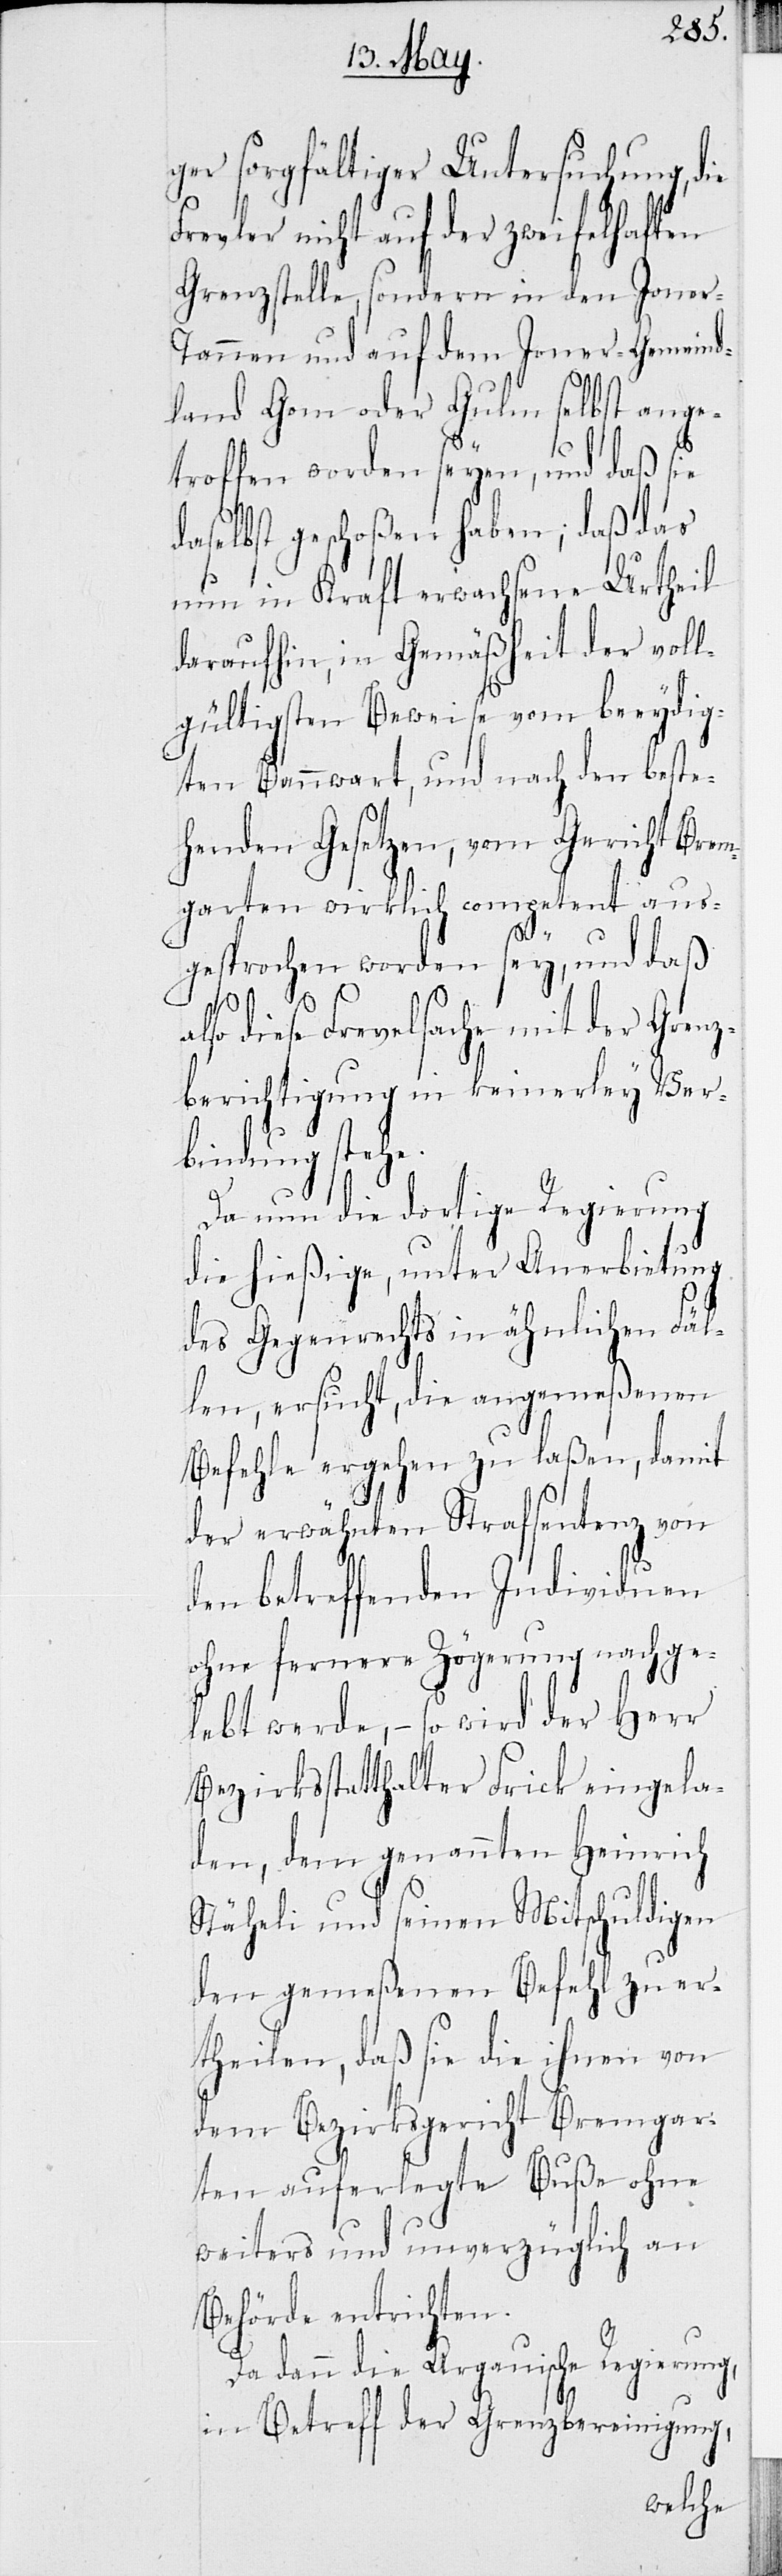
ger sorgfältiger Untersuchung, die
Frevler nicht auf der zweifelhaften
Grenzstelle, sondern in den Jone¬
annen und auf dem Joner-Gemeind¬
ange¬
land Gom oder Gulm se¬
troffen worden seyen, und daß sie
rei¬
daselbst geschoßen haben; daß
nun in Kraft erwachsene Urtheil
voll¬
daraufhin, in Gemäßheit
gültigsten Beweise vom beeydig¬
ten Bannwart, und nach den beste¬
henden Gesetzen, vom Gericht Brem¬
garten wirklich competent aus¬
gesprochen worden sey, und daß
Re¬
also diese Frevelsache mit der Grenz¬
berichtigung in keinerley Ver¬
bindung stehe.
Da nun die dortige Regierung
die hießige, unter Anerbietung
des Gegenrechts in ähnlichen Fäl¬
len, ersucht, die angemeßenen
Befehle ergehen zu laßen, damit
der erwähnten Strafsentenz von
den betreffenden Individuen
ohne fernere Zögerung nachge¬
lebt werde, – so wird der Herr
Bezirksstatthalter Frick eingela¬
den, dem genannten Heinrich
Stäheli und seinen Mitschuldigen
den gemeßenen Befehl
theilen, daß sie die ihnen von
gar¬
dem Bezirksgericht Br¬
ten auferlegte Buße oh¬
weiteres und unverzü¬
Behörde entrichten.
glich
Da dann die Argauische
in Betreff der Grenzbe¬
nigung,